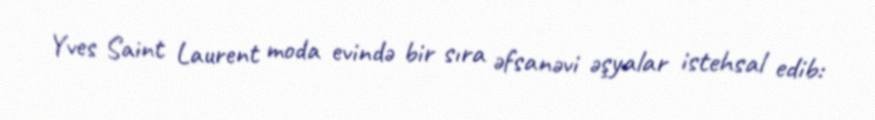
Yves Saint Laurent moda evində bir sıra əfsanəvi əşyalar istehsal edib: